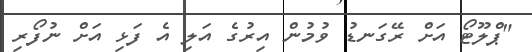
"ޕްލޫޓޯ އަށް ރޭގަނޑު ވުމުން އިރުގެ އަލި އެ ފަޅި އަށް ނުފޯރި